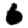
Digit: 6